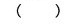
( )